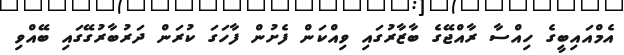
އެމްއައިބީގެ ހިއްސާ ރާއްޖޭގެ ބާޒާރުގައި ވިއްކަން ފެށުން ފާހަގަ ކުރަން ދަރުބާރުގޭގައި ބޭއްވި